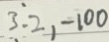
3 . 2 , - 1 0 0